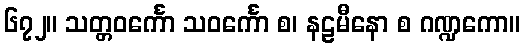
၆၇၂။ သတ္တဝင်္ကော သဝင်္ကော စ၊ နဠမီနော စ ဂဏ္ဍကော။